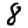
Digit: 8